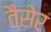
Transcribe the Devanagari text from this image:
तैसेर